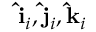
\mathbf { \hat { i } } _ { i } , \mathbf { \hat { j } } _ { i } , \mathbf { \hat { k } } _ { i }